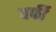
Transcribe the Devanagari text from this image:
वर्फी